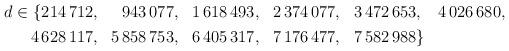
LaTeX: \begin{align*}\begin{aligned}d\in\lbrace 214\,712 &,& 943\,077 &,& 1\,618\,493 &,& 2\,374\,077 &,& 3\,472\,653 &,& 4\,026\,680, \\ 4\,628\,117 &,& 5\,858\,753 &,& 6\,405\,317 &,& 7\,176\,477 &,& 7\,582\,988 &\rbrace\end{aligned}\end{align*}